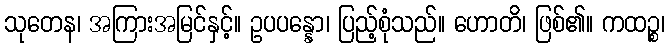
သုတေန၊ အကြားအမြင်နှင့်။ ဥပပန္နော၊ ပြည့်စုံသည်။ ဟောတိ၊ ဖြစ်၏။ ကထဉ္စ၊